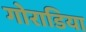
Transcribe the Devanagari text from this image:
गोराडिया